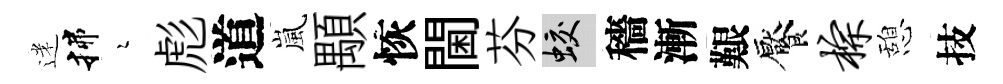
迷揲瑟彪道嵐顒恢閫芬蛟穡漸艱饜棕憩技